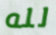
لله